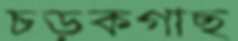
চড়কগাছ